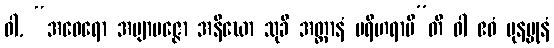
ဝါ, “အဝေရော အဗျာပဇ္ဇော အနီဃော သုခီ အတ္တာနံ ပရိဟရာမီ”တိ ဝါ ဧဝံ ပုနပ္ပုနံ